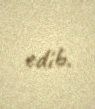
edib.